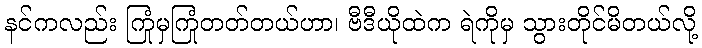
နင်ကလည်း ကြုံမှကြုံတတ်တယ်ဟာ၊ ဗီဒီယိုထဲက ရဲကိုမှ သွားတိုင်မိတယ်လို့